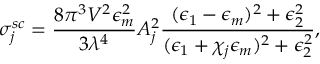
\sigma _ { j } ^ { s c } = \frac { 8 \pi ^ { 3 } V ^ { 2 } \epsilon _ { m } ^ { 2 } } { 3 \lambda ^ { 4 } } A _ { j } ^ { 2 } \frac { ( \epsilon _ { 1 } - \epsilon _ { m } ) ^ { 2 } + \epsilon _ { 2 } ^ { 2 } } { ( \epsilon _ { 1 } + \chi _ { j } \epsilon _ { m } ) ^ { 2 } + \epsilon _ { 2 } ^ { 2 } } ,